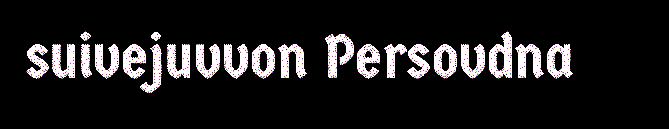
suivejuvvon Persovdna